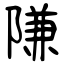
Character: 隒